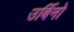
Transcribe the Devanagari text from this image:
उर्बिनो